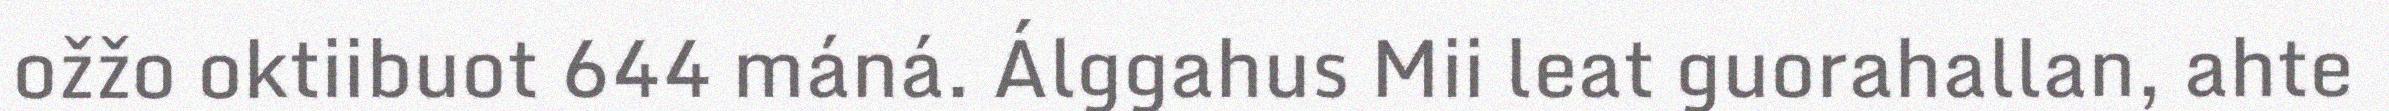
ožžo oktiibuot 644 máná. Álggahus Mii leat guorahallan, ahte